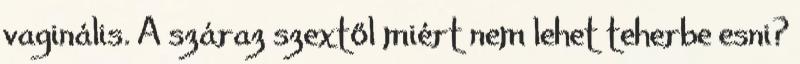
vaginális. A száraz szextől miért nem lehet teherbe esni?